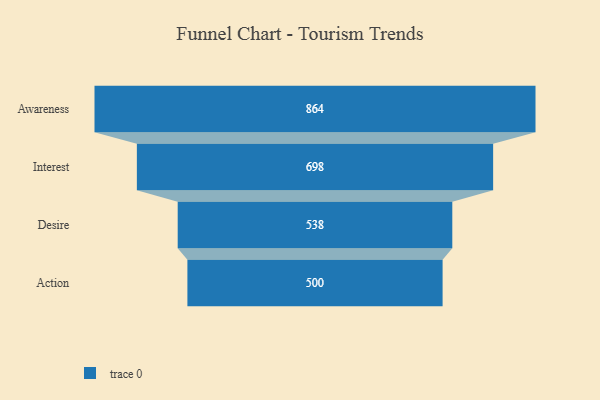
{"axis": {"x": "Stage", "y": "Value"}, "legend": [""], "data": [{"x": "Awareness", "y": 864.0, "type": ""}, {"x": "Interest", "y": 698.0, "type": ""}, {"x": "Desire", "y": 538.0, "type": ""}, {"x": "Action", "y": 500, "type": ""}]}